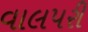
વાલપરી